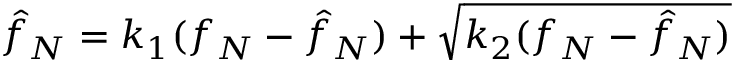
\hat { f } _ { N } = k _ { 1 } ( f _ { N } - \hat { f } _ { N } ) + \sqrt { k _ { 2 } ( f _ { N } - \hat { f } _ { N } ) }